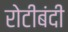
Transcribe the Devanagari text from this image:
रोटीबंदी